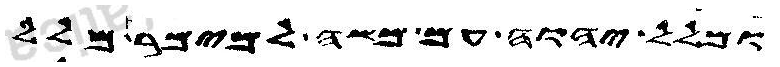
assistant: ומלל יהוה עם משה למימר מלל